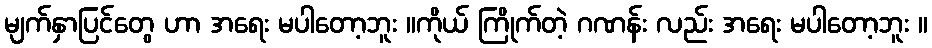
မျက်နှာပြင်တွေ ဟာ အရေး မပါတော့ဘူး ။ကိုယ် ကြိုက်တဲ့ ဂဏန်း လည်း အရေး မပါတော့ဘူး ။